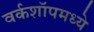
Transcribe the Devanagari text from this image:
वर्कशॉपमध्ये